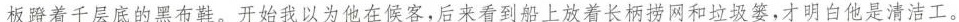
板蹬着千层底的黑布鞋。开始我以为他在候客，后来看到船上放着长柄涝网和垃圾篓，才明白他是清常工。